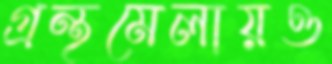
গ্রন্থমেলায়ও